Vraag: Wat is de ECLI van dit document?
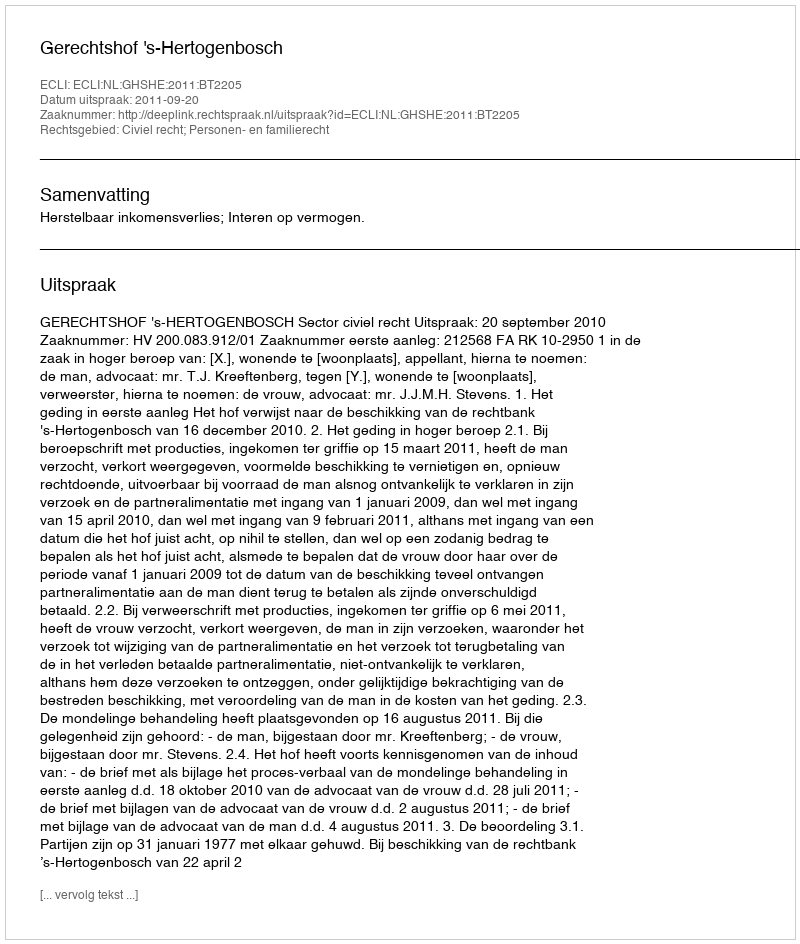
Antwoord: ECLI:NL:GHSHE:2011:BT2205